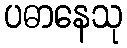
ပဓာနေသု